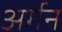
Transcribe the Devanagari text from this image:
अर्गन